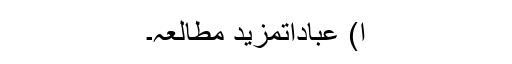
ا) عباداتمزید مطالعہ۔